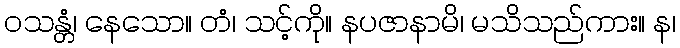
ဝသန္တံ၊ နေသော။ တံ၊ သင့်ကို။ နပဇာနာမိ၊ မသိသည်ကား။ န၊